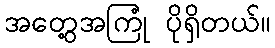
အတွေ့အကြုံ ပိုရှိတယ်။